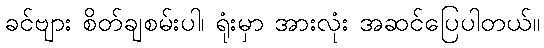
ခင်ဗျား စိတ်ချစမ်းပါ၊ ရုံးမှာ အားလုံး အဆင်ပြေပါတယ်။